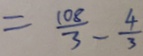
= \frac { 1 0 8 } { 3 } - \frac { 4 } { 3 }